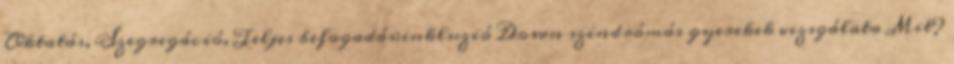
Oktatás, Szegregáció, Teljes befogadás:inkluzió Down szindrómás gyerekek vizsgálata Mit?